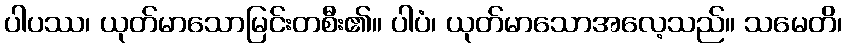
ပါပဿ၊ ယုတ်မာသောမြင်းတစီး၏။ ပါပံ၊ ယုတ်မာသောအလေ့သည်။ သမေတိ၊